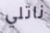
ناتلي